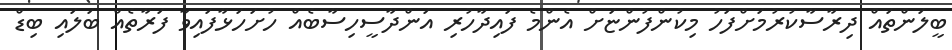
ބީލަންތައް ދިރާސާކުރުމަށްފަހު މިކުންފުންޏަށް އެންމެ ފައިދާހުރި އަންދާސީހިސާބެއް ހުށަހަޅާފައިވާ ފަރާތެއް ބަލައި ބިޑް